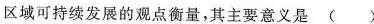
区域可持续发展的观点衡量，其主要意义是 ()